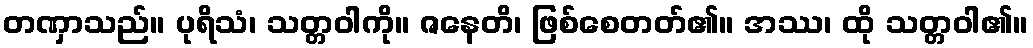
တဏှာသည်။ ပုရိသံ၊ သတ္တဝါကို။ ဇနေတိ၊ ဖြစ်စေတတ်၏။ အဿ၊ ထို သတ္တဝါ၏။